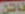
فاتن